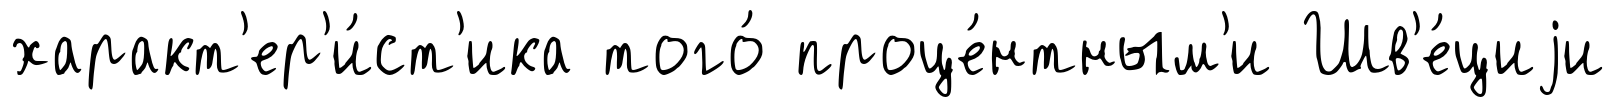
характ'ер'и́ст'ика того́ проце́нтным'и Шв'е́циjи